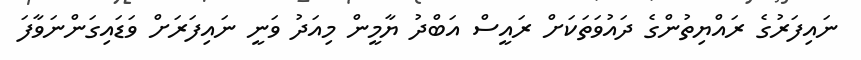
ނައިފަރުގެ ރައްޔިތުންގެ ދައުވަތަކަށް ރައީސް އަބްދު ޔާމީން މިއަދު ވަނީ ނައިފަރަށް ވަޑައިގަންނަވާފަ